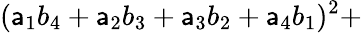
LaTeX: (\mathsf{a}_{1}b_{4}+\mathsf{a}_{2}b_{3}+\mathsf{a}_{3}b_{2}+\mathsf{a}_{4}b_{1})^{2}+